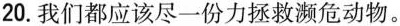
20.我们都应该尽一份力拯救濒危动物。